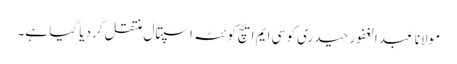
مولانا عبد الغفور حیدری کو سی ایم ایچ کوئٹہ اسپتال منتقل کردیا گیا ہے۔